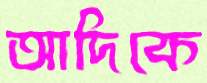
আদিকে